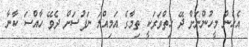
އެހެން މީހުންނަށް ދޭ ހިތްވަރަކީ ތިމާގެ އަމިއްލަ ނަފުސަށް ދެވޭ ހާއްސަ ކާނާ